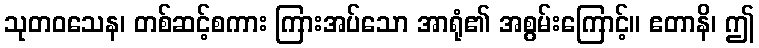
သုတဝသေန၊ တစ်ဆင့်စကား ကြားအပ်သော အာရုံ၏ အစွမ်းကြောင့်။ ဧတာနိ၊ ဤ